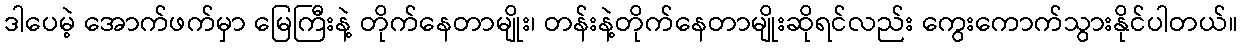
ဒါပေမဲ့ အောက်ဖက်မှာ မြေကြီးနဲ့ တိုက်နေတာမျိုး၊ တန်းနဲ့တိုက်နေတာမျိုးဆိုရင်လည်း ကွေးကောက်သွားနိုင်ပါတယ်။